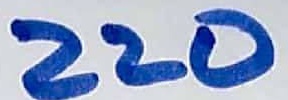
Text: 220